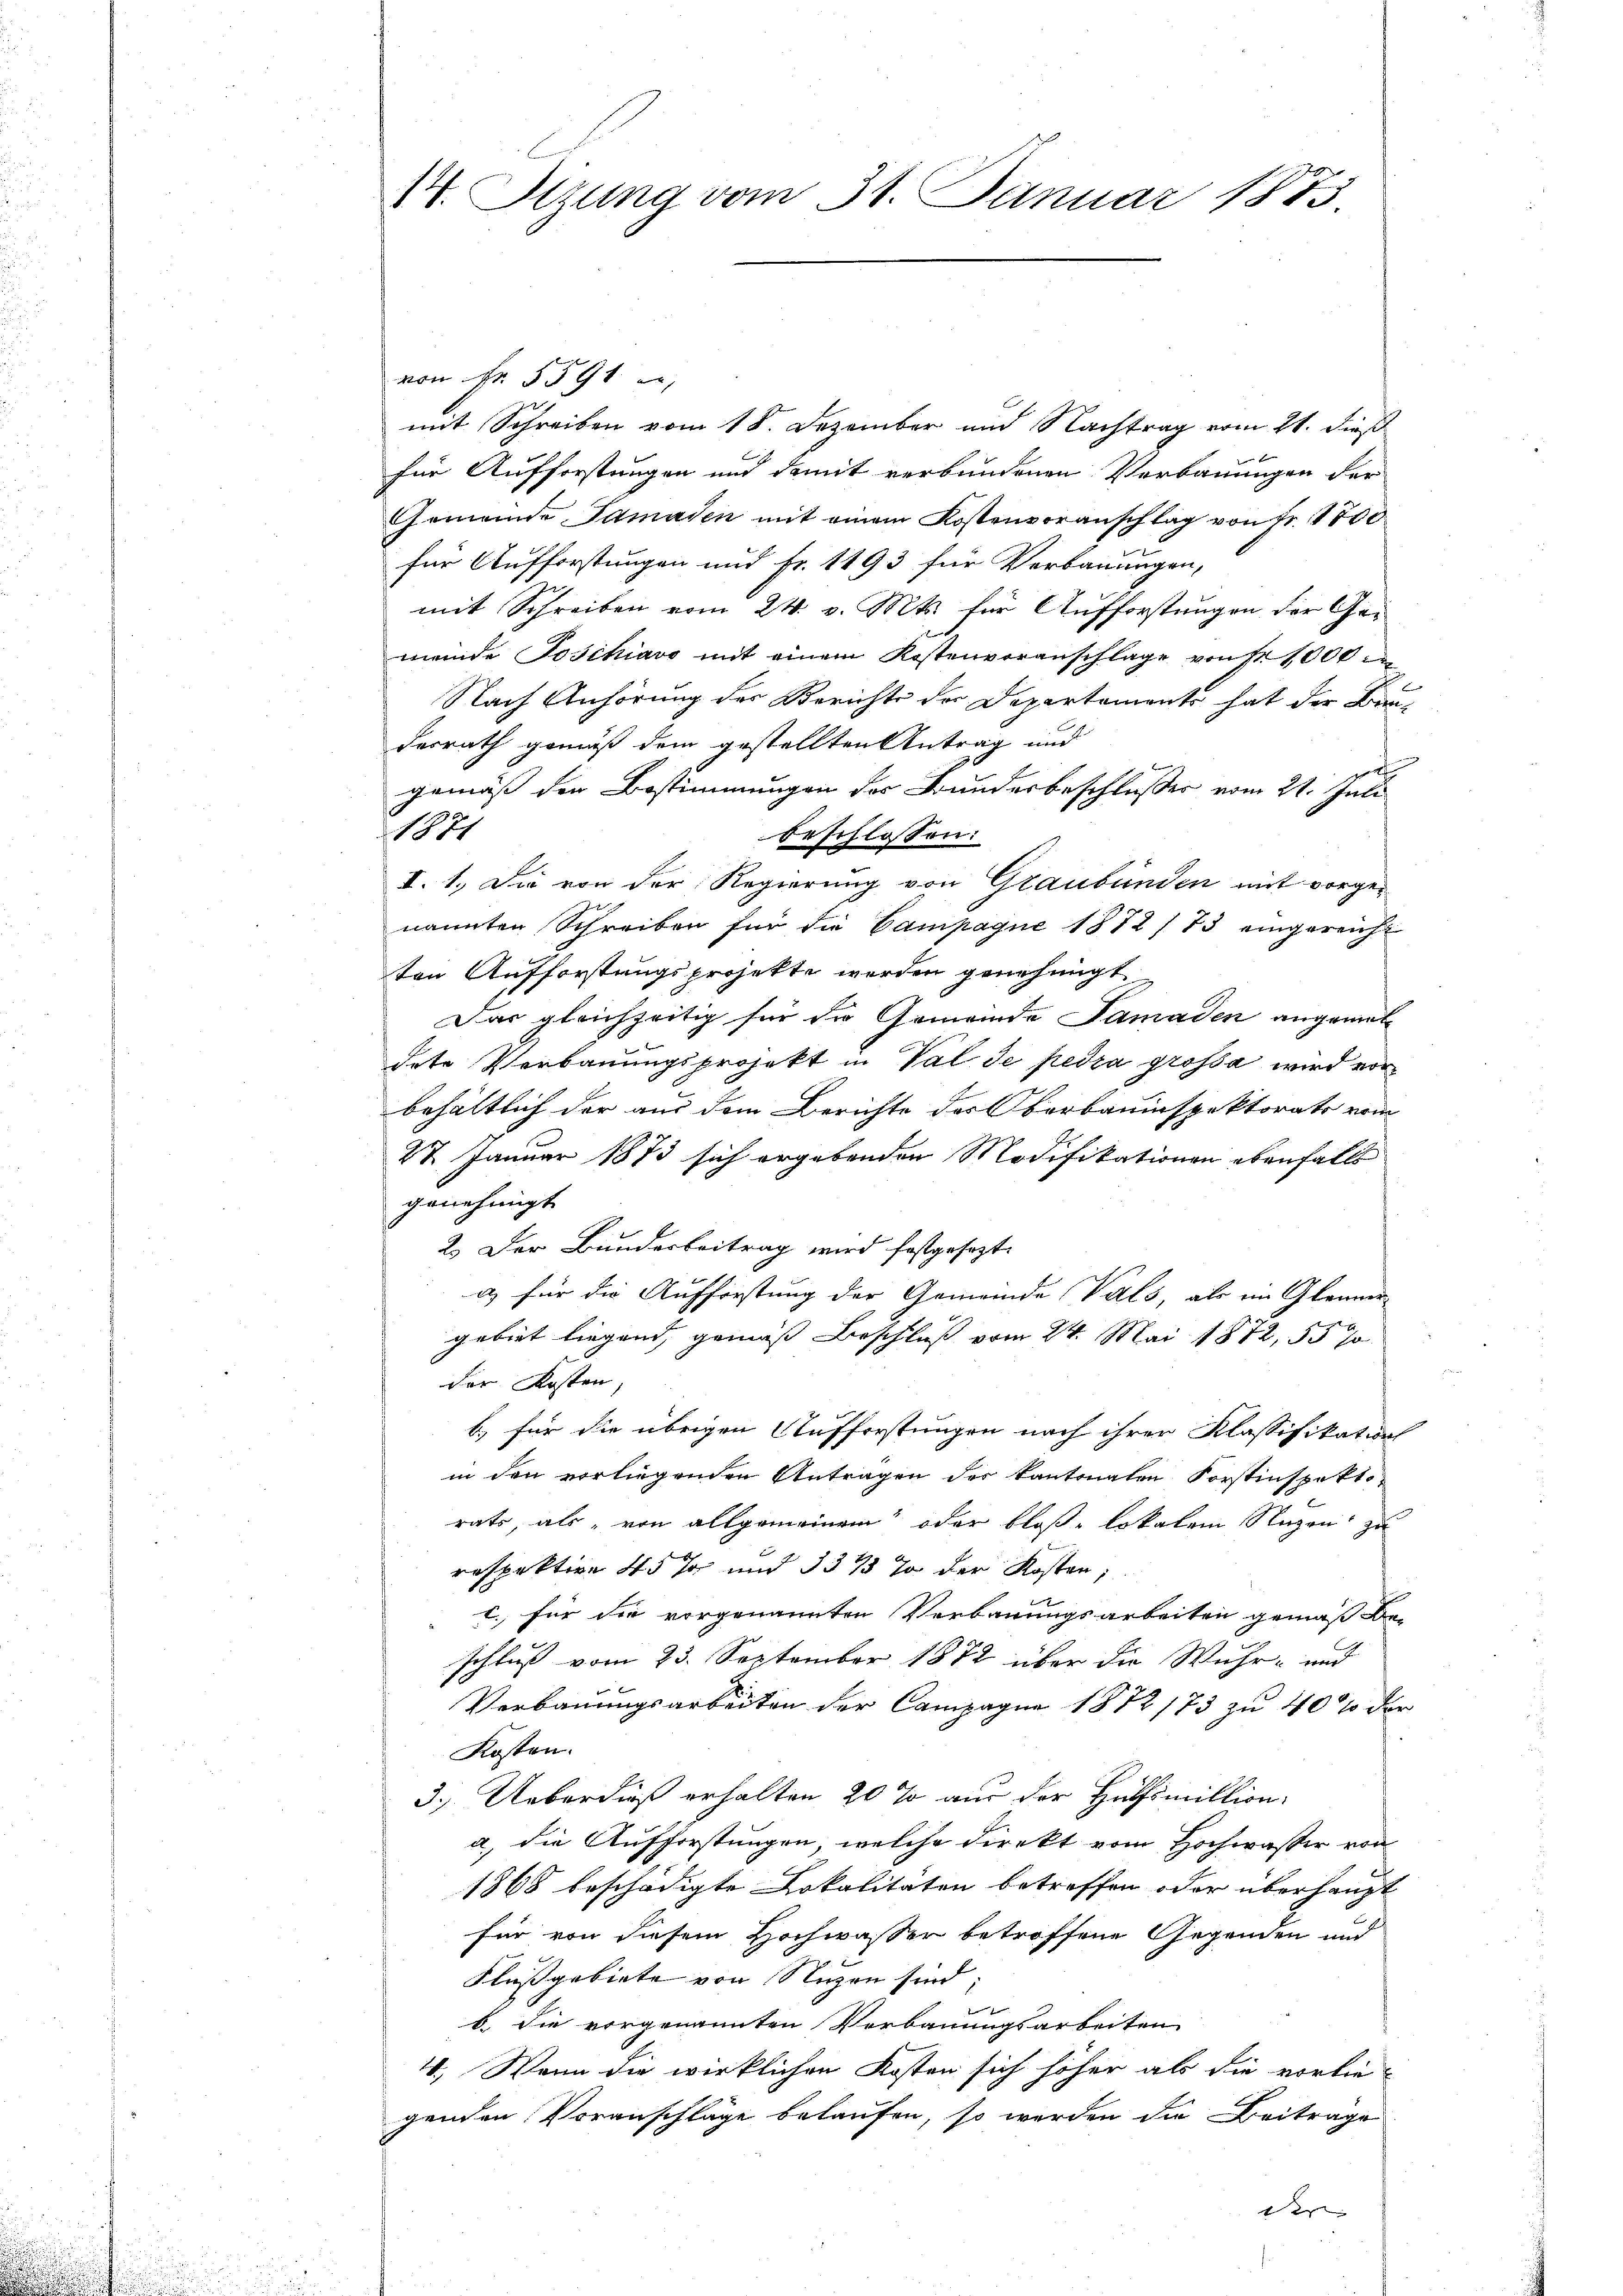
14. Sizung vom 31. Januar 1873

von Fr. 5591
mit Schreiben vom 18. Dezember und Nachtrag vom 21. dieß
für Aufforstungen und damit verbundenen Verbauungen der
Gemeinde Tamaden mit einem Kostenvoranschlag von Fr. 1800
für Aufforstungen und Fr. 1193 für Verbauungen,
mit Schreiben vom 24. v. Mts. für Aufforstungen der Gemeinde Josihiavo mit einem Kostenvoranschlage von 1000
Nach Anhörung der Berichte der Departements hat der Bau-
desrath gemäß dem gestellten Antrag und
gemäß der Bestimmungen der Bundesbeschlusses vom 21. Juli
1871
beschlossen:
I. 1. Die von der Regierung von Graubünden mit vorgenannten Schreiben für die Campagne 1872/73 eingereicht
ten Aufforstungsprojekte werden genehmigt
Das gleichzeitig für die Gemeinde Samaden angemel-
dete Verbauungsprojekt in Val de pedra grossa wird vorbehältlich der aus dem Berichte des Oberbauinspektorats vom
27. Januar 1873 sich ergebenden Modifikationen ebenfalls
genehmigt.
2.) Der Bundesbeitrag wird festgesezt.
i für die Aufforstung der Gemeinde Vals, als im Glanmergebiet liegend, gemäß Beschluß vom 24. Mai 1872, 55 J
der Kosten,
b.) für die übrigen Aufforstungen nach ihrer Klassifikations
in den vorliegenden Antragen der Kantonalen Forstinspekt
rats, als „von allgemeinem oder bloße lokalen Nuzen zu
respektive 45 Ja und 3333 % der Kosten;
l. für die vorgenannten Verbauungsarbeiten gemäß Be-
schluß vom 23. September 1872 über die Wuhr- und
Verbauungsarbeiten der Campagne 1872/73 zu 40% der
Kosten.
3.) Ueberdieß erhalten 20 % aus der Hülfsmilliona., die Aufforstungen, welche direkt vom Hochwasser von
1868 beschädigte Lokalitäten betreffen oder überhaupt
für von diesem Hochwasser betroffene Gegenden und
Flußgebiete von Nuzen sind
b. die vorgenannten Verbauungsarbeiten
4. Wenn die wirklichen Kosten sich höher als die vorliegenden Voranschläge belaufen, so werden die Beitrage
t